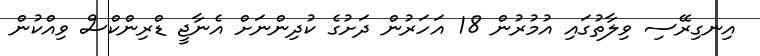
އިނގިރޭސި ވިލާތުގައި އުމުރުން 18 އަހަރުން ދަށުގެ ކުދިންނަށް އެނާޖީ ޑްރިންކްސް ވިއްކުން